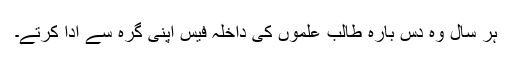
ہر سال وہ دس بارہ طالب علموں کی داخلہ فیس اپنی گرہ سے ادا کرتے۔